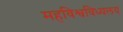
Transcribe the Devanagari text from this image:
महविश्वविध्यलय